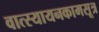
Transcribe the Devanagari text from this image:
वात्स्यायनकामसूत्र